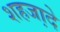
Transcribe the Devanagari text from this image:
शहजा़दे